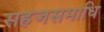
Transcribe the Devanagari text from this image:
सहजसमाधि